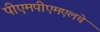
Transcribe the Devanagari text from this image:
पीएमपीएमएलचे